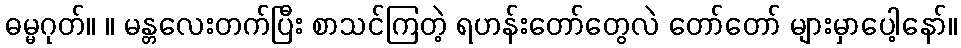
ဓမ္မဂုတ်။ ။ မန္တလေးတက်ပြီး စာသင်ကြတဲ့ ရဟန်းတော်တွေလဲ တော်တော် များမှာပေါ့နော်။